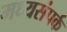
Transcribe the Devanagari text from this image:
मध्यसंपर्क